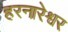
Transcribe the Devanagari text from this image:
हरनारेश्वर